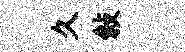
久敍